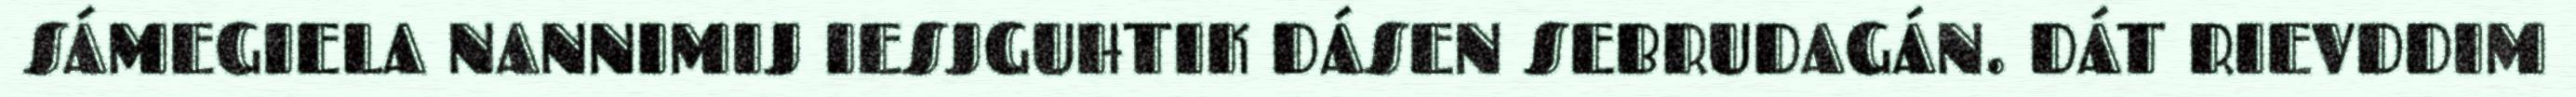
SÁMEGIELA NANNIMIJ IESJGUHTIK DÁSEN SEBRUDAGÁN. DÁT RIEVDDIM